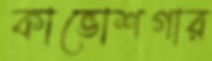
কাভোশগার